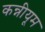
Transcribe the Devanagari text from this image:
कन्नीयूम